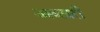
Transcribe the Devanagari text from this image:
अव्तारी